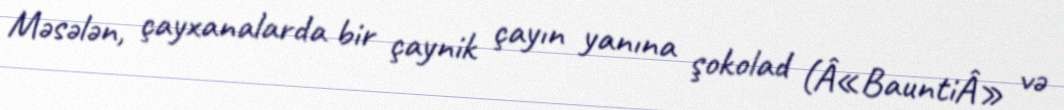
Məsələn, çayxanalarda bir çaynik çayın yanına şokolad (Â«BauntiÂ» və